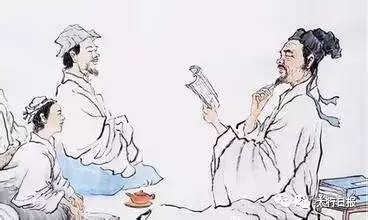
下贫则上贫，下富则上富。